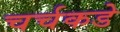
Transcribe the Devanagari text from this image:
चर्चकडे